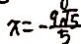
x = - \frac { 9 \sqrt { 5 } } { 5 }